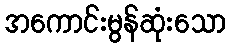
အကောင်းမွန်ဆုံးသော